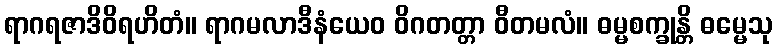
ရာဂရဇာဒိဝိရဟိတံ။ ရာဂမလာဒီနံယေဝ ဝိဂတတ္တာ ဝီတမလံ။ ဓမ္မစက္ခုန္တိ ဓမ္မေသု